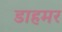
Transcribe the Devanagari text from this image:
डाहमर